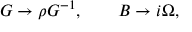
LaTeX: G \rightarrow \rho G ^ { - 1 } , \qquad B \rightarrow i \Omega ,